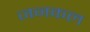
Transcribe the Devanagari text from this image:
जनकल